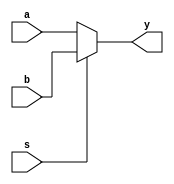
module mux2to1(input [15:0] a,b, input s, output [15:0] y);
	
	assign y = (~s)? a:b;

endmodule